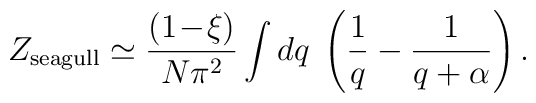
Z_{\mathrm{seagull}} \simeq \frac{(1\!-\!\xi)}{N\pi^2} \int dq\; \left  ( \frac{1}{q} - \frac{1}{q+\alpha} \right).